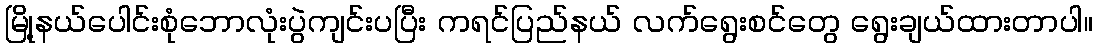
မြို့နယ်ပေါင်းစုံဘောလုံးပွဲကျင်းပပြီး ကရင်ပြည်နယ် လက်ရွေးစင်တွေ ရွေးချယ်ထားတာပါ။